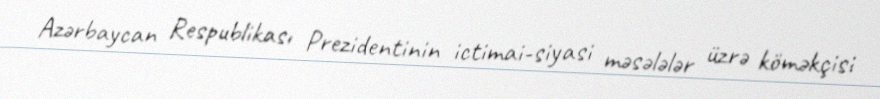
Azərbaycan Respublikası Prezidentinin ictimai-siyasi məsələlər üzrə köməkçisi